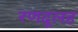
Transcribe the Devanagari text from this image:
रणदूलह